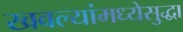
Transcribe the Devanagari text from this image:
खवल्यांमध्येसुद्धा